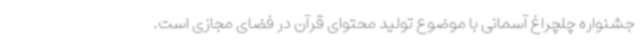
جشنواره چلچراغ آسمانی با موضوع تولید محتوای قرآن در فضای مجازی است.